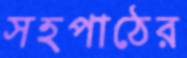
সহপাঠের